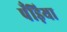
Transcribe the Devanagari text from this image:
पँड़िया